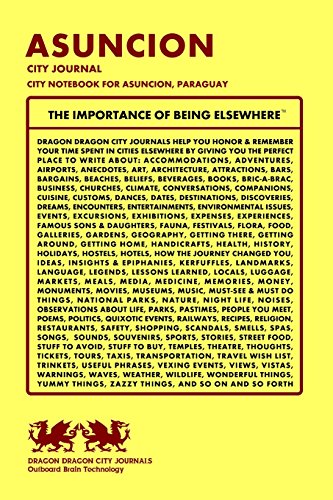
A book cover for Asuncion City Journal, City Notebook for Asuncion, Paraguay; Dragon Dragon City Journals; Travel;